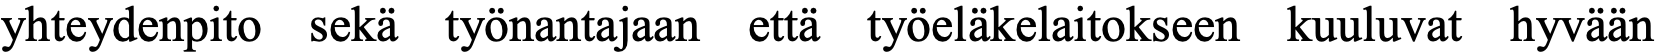
yhteydenpito sekä työnantajaan että työeläkelaitokseen kuuluvat hyvään